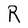
Character: R